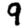
Digit: 9